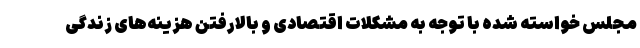
مجلس خواسته شده با توجه به مشکلات اقتصادی و بالارفتن هزینه‌های زندگی